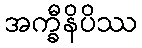
အက္ခီနိပိဿ